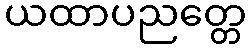
ယထာပညတ္တေ